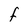
Character: F